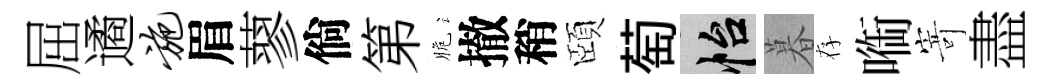
屈遹施眉蓼倘第脆撤稍頤萄怡暮存㗸𭔃盡